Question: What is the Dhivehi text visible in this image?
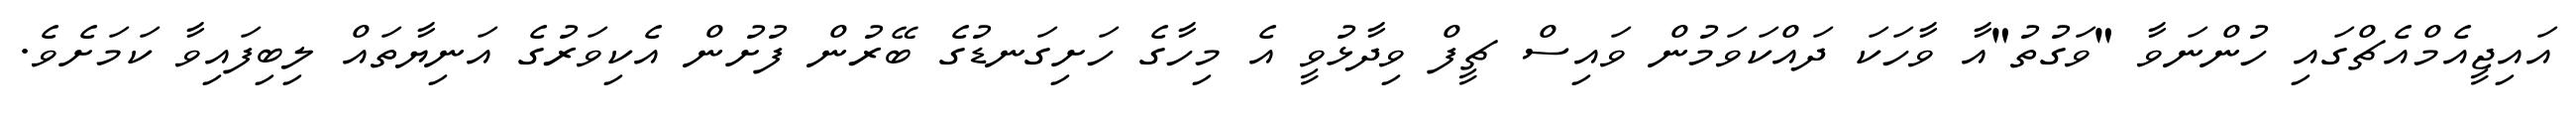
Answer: އައިޖީއެމްއެޗްގައި ހުންނަވާ "ވަގުތު"އާ ވާހަކަ ދައްކަވަމުން ވައިސް ޗީފް ވިދާޅުވީ އެ މިހާގެ ހަށިގަނޑުގެ ބޭރުން ފުށުން އެކިވަރުގެ އަނިޔާތައް ލިބިފައިވާ ކަމަށެވެ.